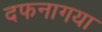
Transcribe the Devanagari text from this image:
दफनागया